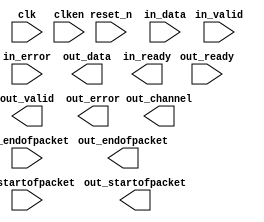
// Generated by CIC 13.0 [Altera, IP Toolbench 1.3.0 Build 232]
// ************************************************************
// THIS IS A WIZARD-GENERATED FILE. DO NOT EDIT THIS FILE!
// ************************************************************
// Copyright (C) 1991-2013 Altera Corporation
// Any megafunction design, and related net list (encrypted or decrypted),
// support information, device programming or simulation file, and any other
// associated documentation or information provided by Altera or a partner
// under Altera's Megafunction Partnership Program may be used only to
// program PLD devices (but not masked PLD devices) from Altera.  Any other
// use of such megafunction design, net list, support information, device
// programming or simulation file, or any other related documentation or
// information is prohibited for any other purpose, including, but not
// limited to modification, reverse engineering, de-compiling, or use with
// any other silicon devices, unless such use is explicitly licensed under
// a separate agreement with Altera or a megafunction partner.  Title to
// the intellectual property, including patents, copyrights, trademarks,
// trade secrets, or maskworks, embodied in any such megafunction design,
// net list, support information, device programming or simulation file, or
// any other related documentation or information provided by Altera or a
// megafunction partner, remains with Altera, the megafunction partner, or
// their respective licensors.  No other licenses, including any licenses
// needed under any third party's intellectual property, are provided herein.

module MEGA_CIC1 (
	clk,
	clken,
	reset_n,
	in_data,
	in_startofpacket,
	in_endofpacket,
	in_valid,
	out_ready,
	in_error,
	out_data,
	out_channel,
	out_startofpacket,
	out_endofpacket,
	in_ready,
	out_valid,
	out_error);

	input		clk;
	input		clken;
	input		reset_n;
	input	[15:0]	in_data;
	input		in_startofpacket;
	input		in_endofpacket;
	input		in_valid;
	input		out_ready;
	input	[1:0]	in_error;
	output	[15:0]	out_data;
	output		out_channel;
	output		out_startofpacket;
	output		out_endofpacket;
	output		in_ready;
	output		out_valid;
	output	[1:0]	out_error;
endmodule